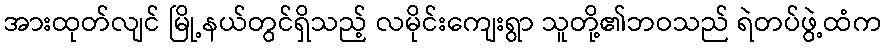
အားထုတ်လျင် မြို့နယ်တွင်ရှိသည့် လမိုင်းကျေးရွာ သူတို့၏ဘဝသည် ရဲတပ်ဖွဲ့ထံက